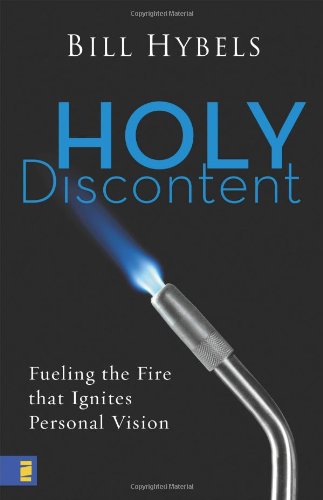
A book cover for Holy Discontent: Fueling the Fire That Ignites Personal Vision; Bill Hybels; Health, Fitness & Dieting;